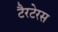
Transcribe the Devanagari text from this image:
टैरटेरस